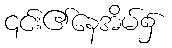
၎င်း၏နေအိမ်၌